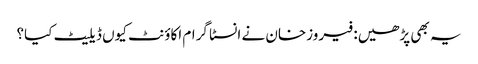
یہ بھی پڑھیں: فیروزخان نے انسٹا گرام اکاؤنٹ کیوں ڈیلیٹ کیا؟